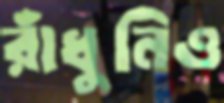
রাঁধুনিও